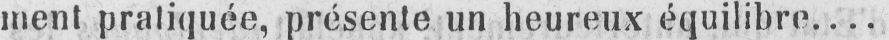
ment pratiquée, présente un heureux équilibre....